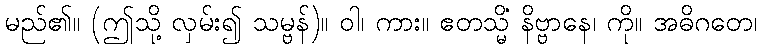
မည်၏။ (ဤသို့ လှမ်း၍ သမ္ဗန်)။ ဝါ၊ ကား။ ဧတသ္မိံ နိဗ္ဗာနေ၊ ကို။ အဓိဂတေ၊